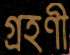
গ্রহণী